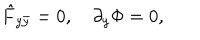
LaTeX: \hat { F } _ { y \bar { y } } = 0 , ~ \partial _ { y } \Phi = 0 ,